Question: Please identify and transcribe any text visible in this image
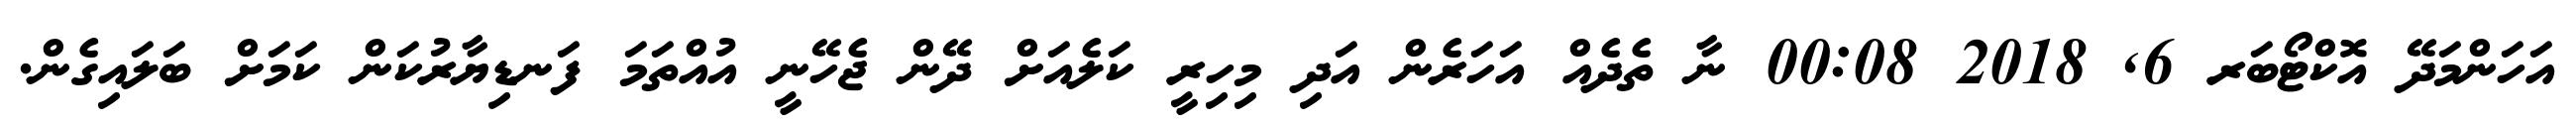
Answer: އަހަންމަދޭ އޮކްޓޯބަރ 6, 2018 00:08 ނާ ތެދެއް އަހަރެން އަދި މިހިރީ ކަލެއަށް ދޭން ޖެހޭނީ އުއްތަމަ ފަނޑިޔާރުކަން ކަމަށް ބަލައިގެން.